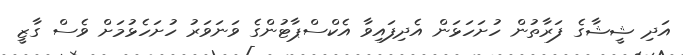
އަދި ޝީޝާގެ ފަރާތުން ހުށަހަޅަން އެދިފައިވާ އެކްސްޕާޓުންގެ ވަނަވަރު ހުށަހެޅުމަށް ވެސް ގާޒީ